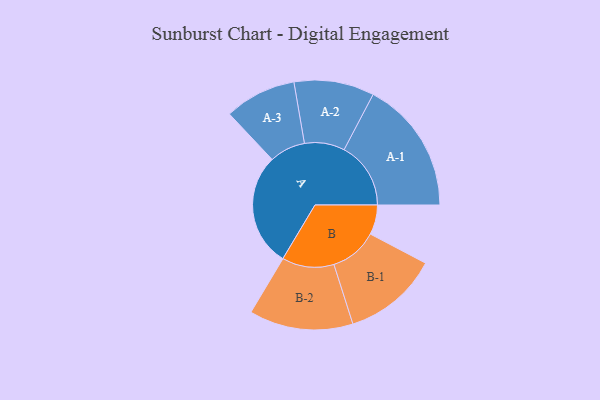
{"axis": {"x": "Segment", "y": "Value"}, "legend": ["", "A", "B"], "data": [{"x": "A", "y": 401, "type": ""}, {"x": "B", "y": 105, "type": ""}, {"x": "A-1", "y": 236, "type": "A"}, {"x": "A-2", "y": 142, "type": "A"}, {"x": "A-3", "y": 127, "type": "A"}, {"x": "B-1", "y": 169, "type": "B"}, {"x": "B-2", "y": 184, "type": "B"}]}